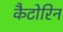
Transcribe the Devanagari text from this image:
कैटोरिन